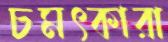
চমৎকারা